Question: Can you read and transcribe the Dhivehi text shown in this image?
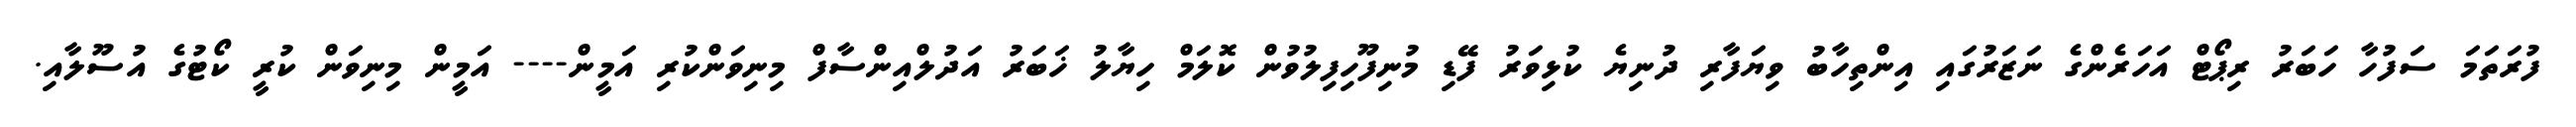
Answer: ފުރަތަމަ ސަފުހާ ހަބަރު ރިޕޯޓް އަހަރެންގެ ނަޒަރުގައި އިންތިހާބު ވިޔަފާރި ދުނިޔެ ކުޅިވަރު ފޭޑި މުނިފޫހިފިލުވުން ކޮލަމް ހިޔާލު ޚަބަރު އަދުލްއިންސާފް މިނިވަންކުރި އަމީން---- އަމީން މިނިވަން ކުރީ ކޯޓުގެ އުސޫލާއި.